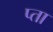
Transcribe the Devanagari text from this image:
प्ता